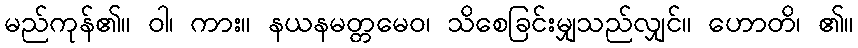
မည်ကုန်၏။ ဝါ၊ ကား။ နယနမတ္တမေဝ၊ သိစေခြင်းမျှသည်လျှင်။ ဟောတိ၊ ၏။